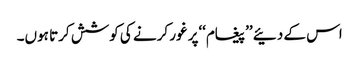
اس کے دئیے ’’پیغام‘‘پر غور کرنے کی کوشش کرتا ہوں۔